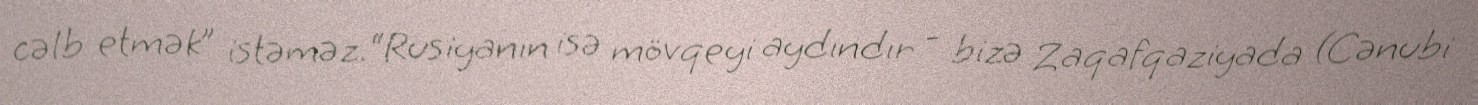
cəlb etmək” istəməz.“Rusiyanın isə mövqeyi aydındır - bizə Zaqafqaziyada (Cənubi